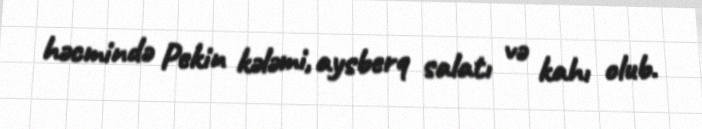
həcmində Pekin kələmi, aysberq salatı və kahı olub.